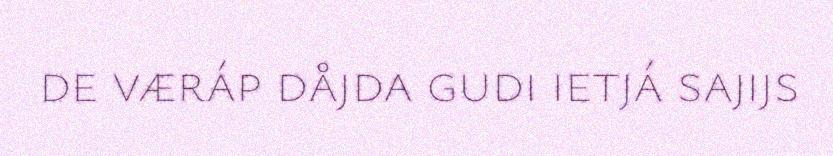
de væráp dåjda gudi ietjá sajijs